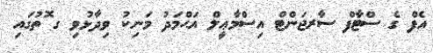
އެފް ގެ ސްޓާފް ސާރޖަންޓް އިސްމާޢީލް އަޙްމަދު މަނިކު ވިދާޅުވި ގ ޮތުގައި